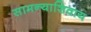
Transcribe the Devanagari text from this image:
सामन्याशिवाय